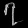
Digit: ၇